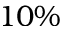
1 0 \%